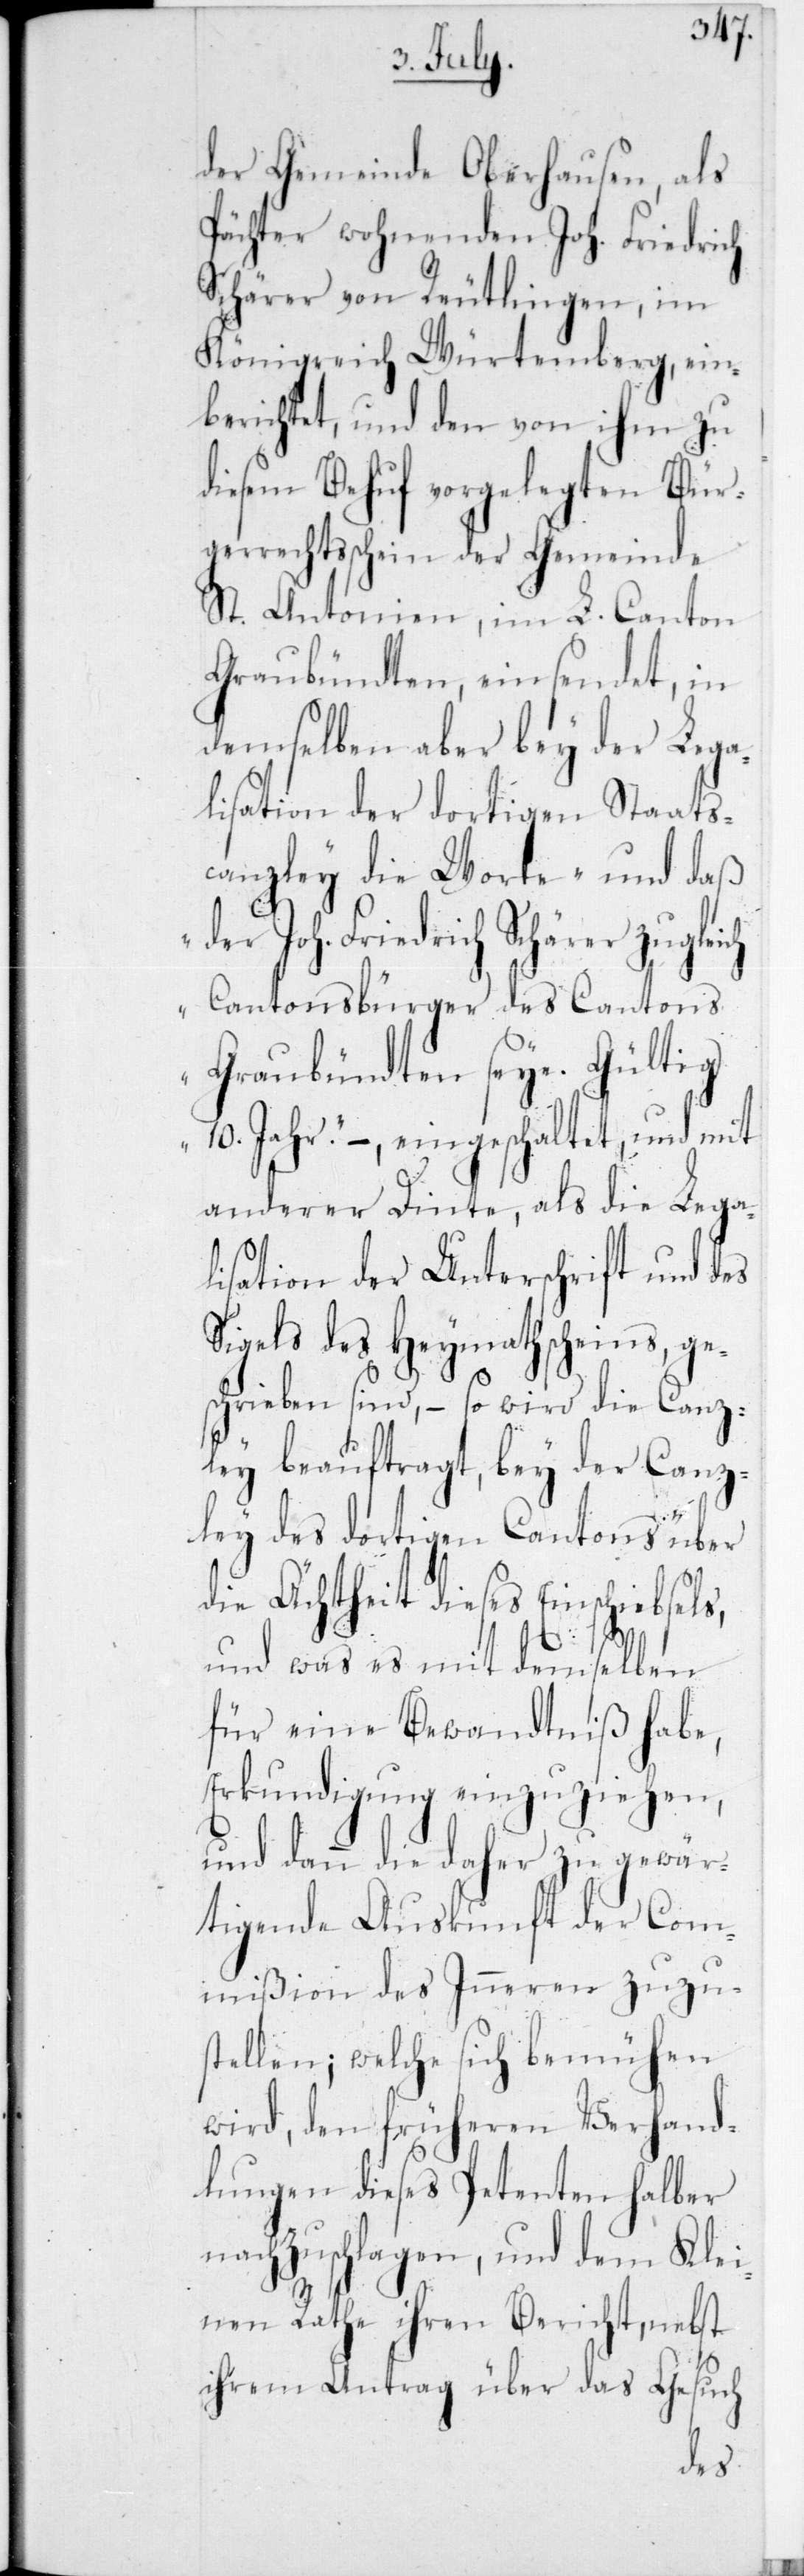
der Gemeinde Oberhausen, als
Pächter wohnenden Joh. Friedrich
Schärer von Reutlingen, im
Königreich Würtemberg, ein¬
berichtet, und den von ihm zu
diesem Behuf vorgelegten Bür¬
gerrechtsschein der Gemeinde
St. Antonien, im L. Canton
Graubündten, einsendet, in
demselben aber bey der Lega¬
lisation der dortigen Staats¬
canzley die Worte „und daß
der Joh. Friedrich Schärer zugleich
Cantonsbürger des Cantons
Graubündten seye. Gültig
10 Jahr“, – eingeschaltet, und mit
anderer Tinte, als die Lega¬
lisation der Unterschrift und des
Siegels des Heymathscheins ge¬
schrieben sind, – so wird die Canz¬
ley beauftragt, bey der Canz¬
ley des dortigen Cantons über
die Ächtheit dieses Einschiebsel¬
und was es mit demselben
für eine Bewandtniß habe,
Erkundigung einzuziehen,
und dann die daher zu gewär¬
tigende Auskunft der Com¬
mißion des Inneren zuzu¬
stellen; welche sich bemühen
wird, den früheren Verhand¬
lungen dieses Petenten halber
nachzuschlagen, und dem Klei¬
s,
nen Rathe ihren Bericht, nebst
ihrem Antrag über das Gesuch